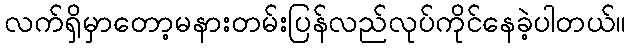
လက်ရှိမှာတော့မနားတမ်းပြန်လည်လုပ်ကိုင်နေခဲ့ပါတယ်။